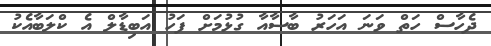
ދެހާސް ހަތް ވަނަ އަހަރު ބާސާއާ ގުޅުމަށް ފަހު އަބިޑާލް އެ ކްލަބާއެކު